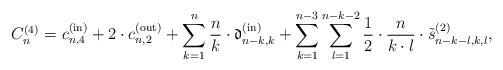
LaTeX: \begin{align*}C_n^{(4)}=c^{\rm (in)}_{n,4} + 2 \cdot c^{\rm (out)}_{n,2}+\sum_{k=1}^n \dfrac{n}{k} \cdot \mathfrak{d}^{\rm (in)}_{n-k,k}+\sum_{k=1}^{n-3} \sum_{l=1}^{n-k-2}\dfrac{1}{2}\cdot \dfrac{n}{k \cdot l} \cdot \tilde{s}^{(2)}_{n-k-l,k,l},\end{align*}